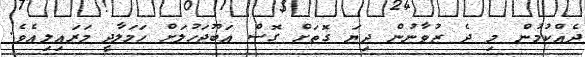
ދެއްކުމުން މި ދެ ޒުވާނުން ދިޔަ ގޮތަށް ގޮސް އަބޫޖަހުލަށް ހަމަލާދީ މަރައިލިއެވެ.